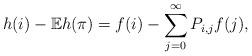
LaTeX: \begin{align*}h(i)-\mathbb{E}h(\pi)=f(i)-\sum_{j=0}^\infty P_{i,j}f(j),\end{align*}